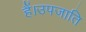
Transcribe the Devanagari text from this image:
हैं।उपजाति